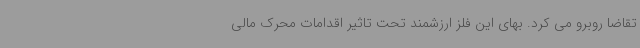
تقاضا روبرو می کرد. بهای این فلز ارزشمند تحت تاثیر اقدامات محرک مالی